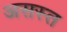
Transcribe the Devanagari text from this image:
असस्त